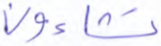
تشاءون